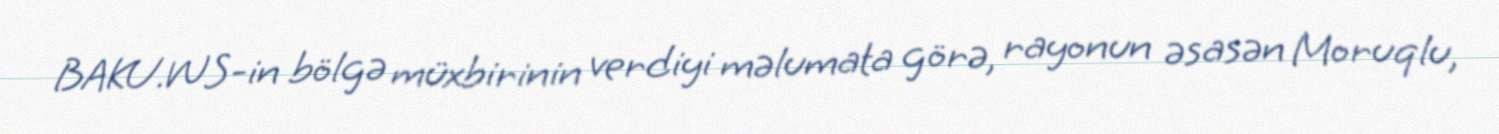
BAKU.WS-in bölgə müxbirinin verdiyi məlumata görə, rayonun əsasən Moruqlu,